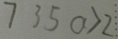
7 3 5 a > 2